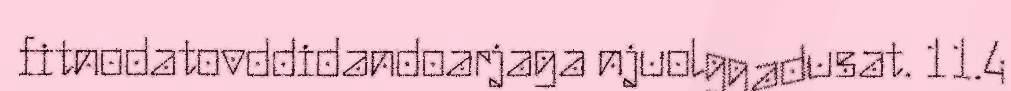
fitnodatovddidandoarjaga njuolggadusat. 11.4